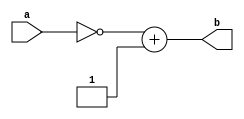
`timescale 1ns / 1ps
//////////////////////////////////////////////////////////////////////////////////
// Company: 
// Engineer: 
// 
// Design Name: 
// Module Name:    reverse 
// Project Name: 
// Target Devices: 
// Tool versions: 
// Description: 
//
// Dependencies: 
//
// Revision: 
// Revision 0.01 - File Created
// Additional Comments: 
//
//////////////////////////////////////////////////////////////////////////////////
module reverse(input [3:0]a,output reg [3:0]b);	
		always@(a) begin
		b <= ~a+1;
		end 
endmodule